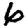
Digit: 6